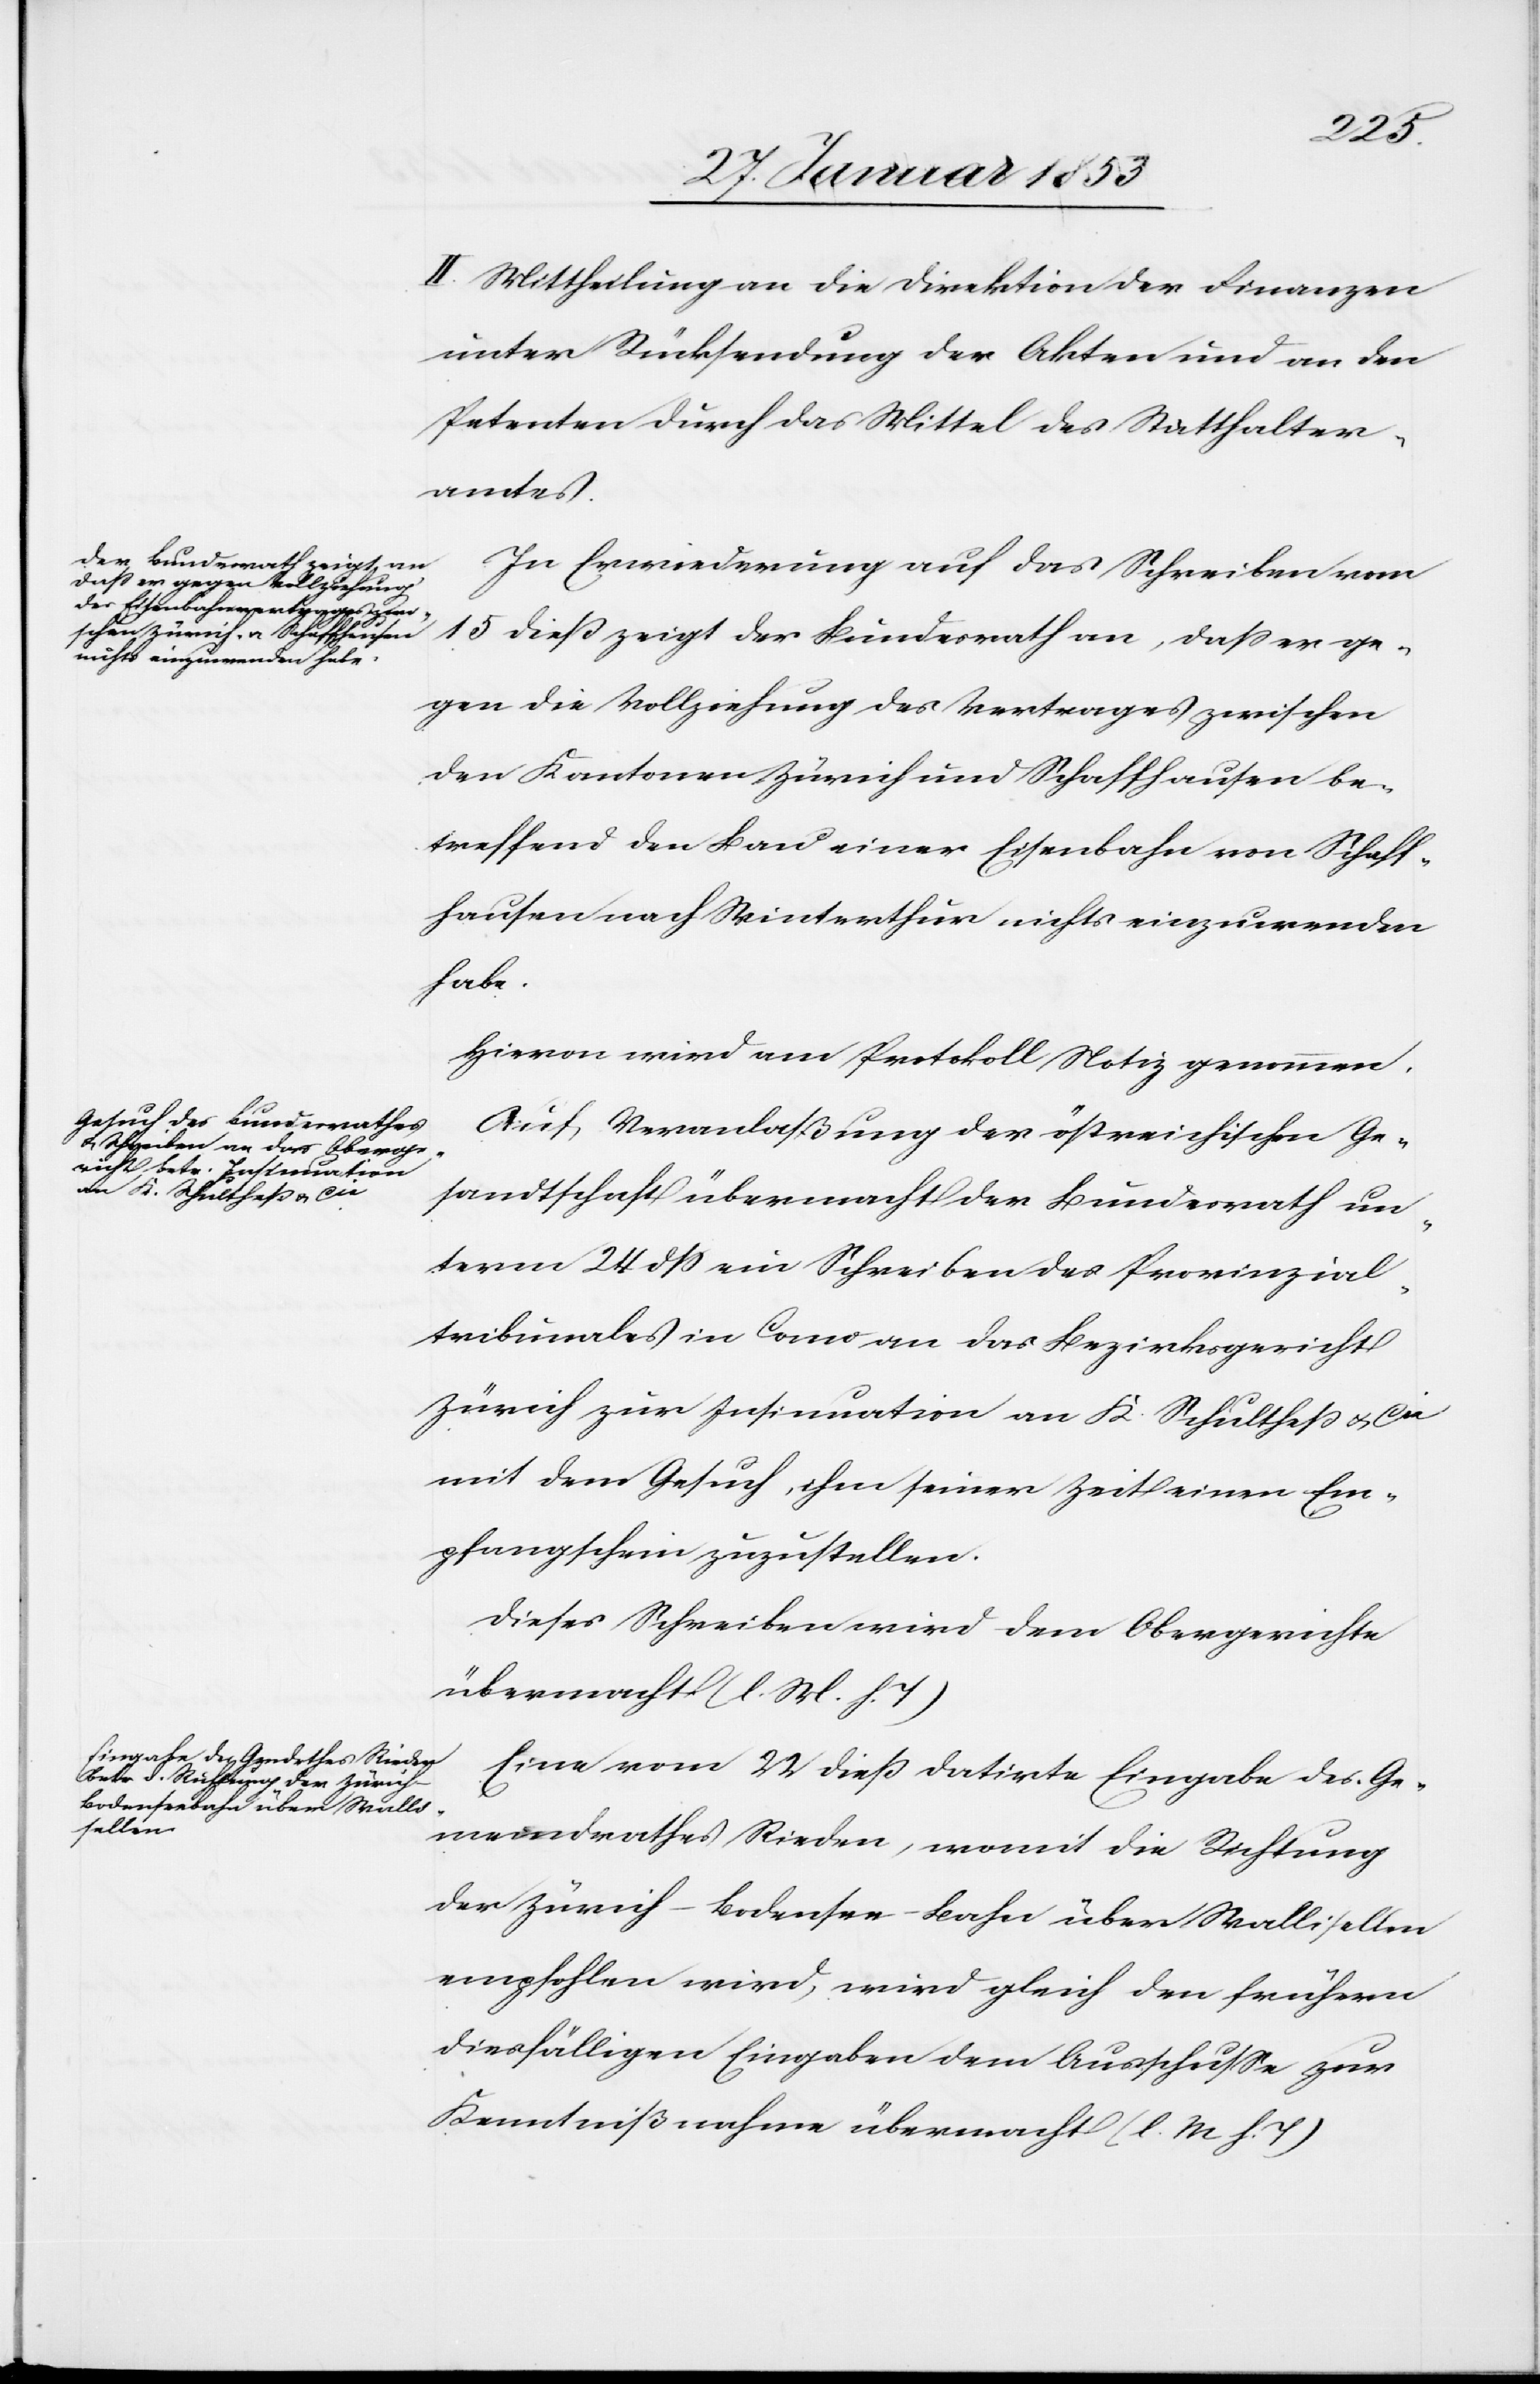
II. Mittheilung an die Direktion der Finanzen
unter Rücksendung der Akten und an den
Petenten durch das Mittel des Statthalter¬
amtes.
In Erwiederung auf das Schreiben vom
15 dieß zeigt der Bundesrath an, daß er ge¬
gen die Vollziehung des Vertrages zwischen
den Kantonen Zürich und Schaffhausen be¬
treffend den Bau einer Eisenbahn von Schaff¬
hausen nach Winterthur nichts einzuwenden
habe.
Hievon wird am Protokoll Notiz genommen.
Auf Veranlaßung der österreichischen Ge¬
sandtschaft übermacht der Bundesrath un¬
term 24 dß ein Schreiben des Provinzial¬
tribunals in Como an das Bezirksgericht
Zürich zu Insinuation an K. Schultheß u. Cie
mit dem Gesuch, ihm seiner Zeit einen Em¬
pfangsschein zuzustellen.
Dieses Schreiben wird dem Obergerichte
übermacht [l. M. h. T]
Eine vom 22 dieß datirte Eingabe des Ge¬
meindrathes Rieden, womit die Richtung
der Zürich-Bodensee-Bahn über Wallisellen
empfohlen wird, wird gleich den frühern
diesfälligen Eingaben dem Ausschluße zur
Kenntnißnahme übermacht [l. M. h. T]